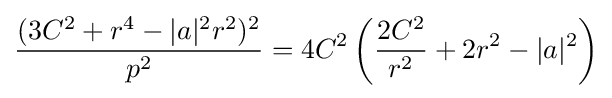
{\frac {(3C^{2}+r^{4}-|a|^{2}r^{2})^{2}}{p^{2}}}=4C^{2}\left({\frac {2C^{2}}{r^{2}}}+2r^{2}-|a|^{2}\right)